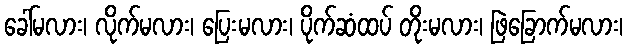
ခေါ်မလား၊ လိုက်မလား၊ ပြေးမလား၊ ပိုက်ဆံထပ် တိုးမလား၊ ဖြဲခြောက်မလား၊